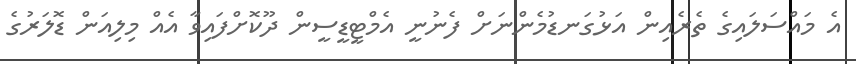
އެ މައްސަލައިގެ ތެރެއިން އަޅުގަނޑުމެންނަށް ފެނުނީ އެމްޓީޑީސީން ދޫކޮށްފައިވާ އެއް މިލިއަން ޑޮލަރުގެ